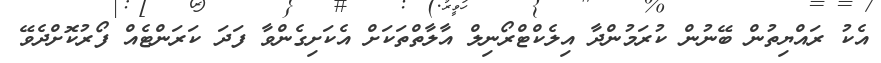
އެކު ރައްޔިތުން ބޭނުން ކުރަމުންދާ އިލެކްޓްރޯނިލް އާލާތްތަކަށް އެކަށިގެންވާ ފަދަ ކަރަންޓެއް ފޯރުކޮށްދެވޭ